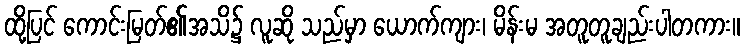
ထို့ပြင် ကောင်းမြတ်၏အသိ၌ လူဆို သည်မှာ ယောက်ကျား၊ မိန်းမ အတူတူချည်းပါတကား။